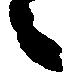
々